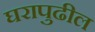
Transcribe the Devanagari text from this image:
घरापुढील